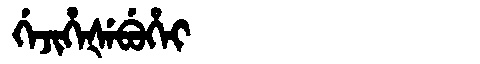
Manchu: ᡤᡝᠵᡳᡥᡝᡧᡝᠪᡠᡥᡝᡳ
Romanization: GEJIHEŠEBUHEI